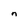
Character: n